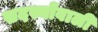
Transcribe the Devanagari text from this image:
सदस्योंवाली